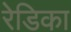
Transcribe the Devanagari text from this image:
रेडिका